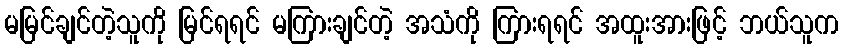
မမြင်ချင်တဲ့သူကို မြင်ရရင် မကြားချင်တဲ့ အသံကို ကြားရရင် အထူးအားဖြင့် ဘယ်သူက